Medical and sanitary report of the native army of Madras for the year
Year: 1878
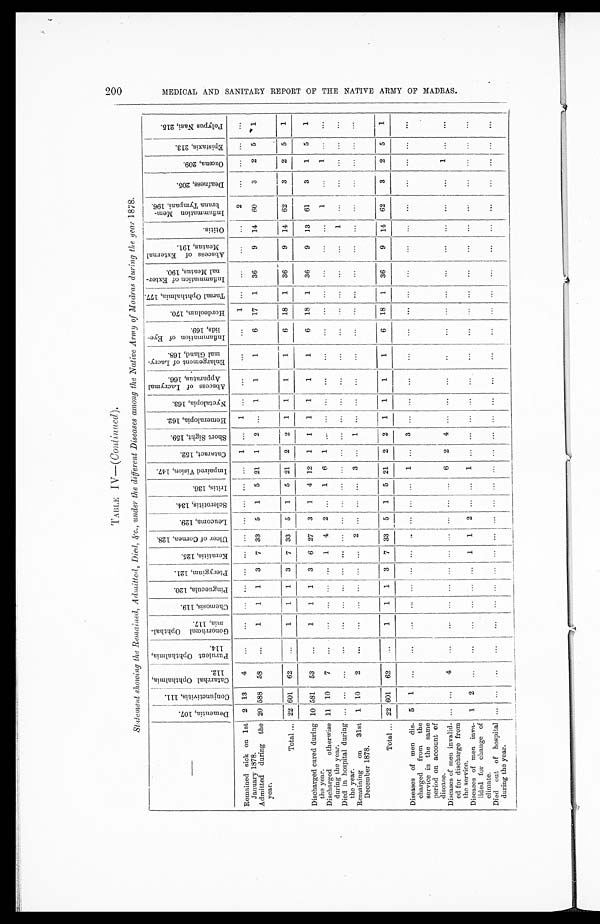
2 0 0 M E D I C A L A N D S A N I T A R Y R E P O R T O F T H E N A T I V E A R M Y O F M A D R A S .
T ABL E I V—( Co n t i n u e d).
S t a t e m e n t s h o w i n g t h e R e m a i n e d , A d m i t t e d , D i e d , & c . , u n d e r t h e d i f f e r e n t D i s e a s e s a m o n g t h e N a t i v e A r m y o f M a d r a s d u r i n g t h e y e a r 1 8 7 8 .
—
D e m e n t i a , 1 0 7 .
Conj unct i vi t i s, 111.
C a t a r r h a l O p h t h a l m i a , 1 1 2 .
P u r u l e n t O p h t h a l m i a , 1 1 4 .
G o n o r r h œ a l O p h t h a l - m i a , 1 1 7 .
C h e m o s i s , 1 1 9 .
P i n g u e c u l a , 1 2 0 .
P t e r y g i u m , 1 2 1 .
K e r a t i t i s , 1 2 5 .
U l c e r o f C o r n e a , 1 2 8 .
L e u c o m a , 1 2 9 .
S c l e r o t i t i s , 1 3 4 .
I r i t i s , 1 3 6 .
I m p a i r e d V i s i o n , 1 4 7 .
C a t a r a c t , 1 5 2 .
S h o r t S i g h t , 1 5 9 .
H e m e r a l o p i a , 1 6 2 .
N y c t a l o p i a , 1 6 3 .
A b s c e s s o f L a c r y m a l A p p a r a t u s , 1 6 6 .
E n l a r g e m e n t o f L a c r y - m a l G l a n d , 1 6 8 .
I n f l a m m a t i o n o f E y e - l i d s , 1 6 9 .
H o r d e o l u m , 1 7 0 .
T a r s a l O p h t h a l m i a , 1 7 7 .
I n f l a m m a t i o n o f E x t e r - n a l M e a t u s , 1 9 0 .
A b s c e s s o f E x t e r n a l M e a t u s , 1 9 1 .
O t i t i s .
I n f l a m m a t i o n M e m - b r a n a T y m p a n i , 1 9 6 .
D e a f n e s s , 2 0 5 .
O z œ n a , 2 0 9 .
E p i s t a x i s , 2 1 3 .
P o l y p u s N a s i , 2 1 5 .
Remained sick on 1st
January 1878.
2
13
4
. . .
. . .
. . .
. . . . . .
. . .
. . .
. . .
. . .
. . .
. . .
1
. . .
1
. . .
. . .
. . .
. . .
1
. . .
. . .
. . .
. . .
2
. . .
. . .
. . .
. . .
Admitted during the
year.
20 588
58
. . .
1
1
1
3
7
33
5
1
5
21
1
2
. . .
1
1
1
6
17
1
36
9
14
60
3
2
5
1
Total . . .
2 2 601
62
. . .
1
1
1
3
7 33
5
1
5
21
2
2
1
1
1
1
6
18
1
36
9
14
62
3
2
5
1
Discharged cured during
the year.
10 581
53
. . .
1
1
1
3
6
27
3
1
4
12
1
1
1
1
1
1
6
18
1
36
9
13
61
3
1
5
1
Discharged otherwise
during the year
11
10
7
. . .
. . .
. . .
. . .
. . .
1
4
2
. . .
1
6
1
. . .
. . .
. . .
. . .
. . .
. . .
. . .
. . .
. . .
. . .
. . .
1
. . .
1
. . .
. . .
Died in hospital during
the year.
. . .
. . .
. . .
. . .
. . .
. . .
. . .
. . .
. . .
. . .
. . .
. . .
. . .
. . .
. . .
. . .
. . .
. . .
. . .
. . .
. . .
. . .
. . .
. . .
. . .
1
. . .
. . .
. . .
. . .
. . .
Remaining on 31st
December 1878.
1
10
2
. . .
. . .
. . .
. . . . . .
. . . 2
. . .
. . .
. . .
3
. . .
1
. . .
. . .
. . .
. . .
. . .
. . .
. . .
. . .
. . .
. . .
. . .
. . .
. . .
. . .
. . .
Total . . . 22 601
62
. . .
1
1
1
3
7
33
5
1
5
21
2
2
1
1
1
1
6
18
1
36
9
14
62
3
2
5
1
Diseases of men dis-
charged from the
service in the same
period on account of
disease.
5
1
. . .
. . .
. . .
. . .
. . .
. . .
. . .
. . .
. . .
. . .
. . .
1
. . .
3
. . .
. . .
. . .
. . .
. . .
. . .
. . .
. . .
. . .
. . .
. . .
. . .
. . .
. . .
. . .
Diseases of men invalid-
ed for discharge from
the service.
. . .
. . .
4
. . .
. . .
. . .
. . .
. . .
. . .
. . .
. . .
. . .
. . .
6
2
4
. . .
. . .
. . .
. . .
. . .
. . .
. . .
. . .
. . .
. . .
. . .
. . .
1
. . .
. . .
Diseases of men inva-
lided for change of
climate.
1
2
. . .
. . .
. . .
. . .
. . . . . . 1
1
2
. . .
. . .
1
. . .
. . .
. . .
. . .
. . .
. . .
. . .
. . .
. . .
. . .
. . .
. . .
. . .
. . .
. . .
. . .
. . .
Died out of hospital
during the year.
. . .
. . .
. . .
. . .
. . .
. . .
. . .
. . .
. . .
. . .
. . .
. . .
. . .
. . .
. . .
. . .
. . .
. . .
. . .
. . .
. . .
. . .
. . .
. . .
. . .
. . .
. . .
. . .
. . .
. . .
. . .